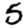
Digit: 5